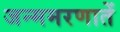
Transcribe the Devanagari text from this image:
जन्ममरणातें